Triennial report on the lunatic asylums in the province of Eastern Bengal and Assam - 1903-1911
Year: 1903
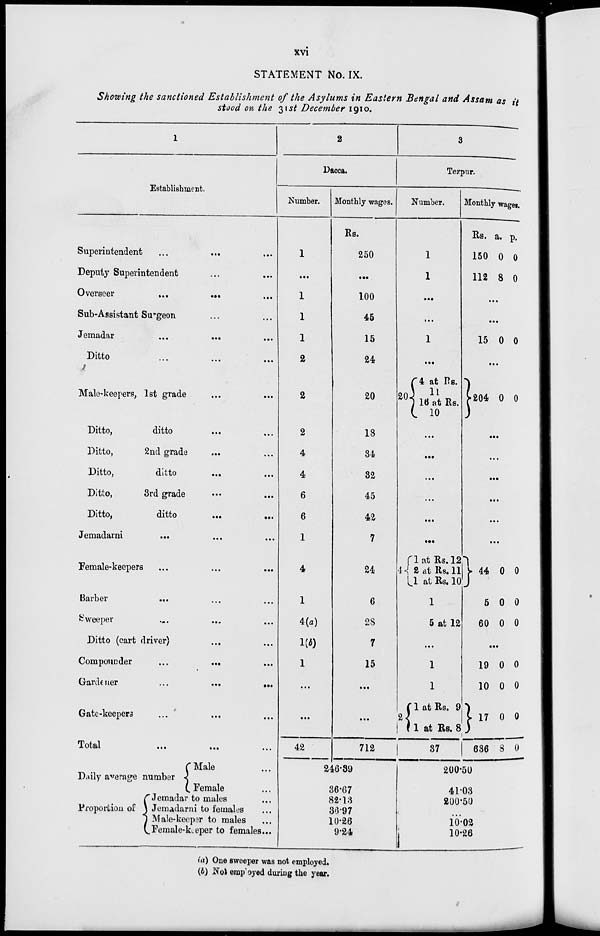
xvi
STATEMENT No. IX.
Showing the sanctioned Establishment of the Asylums in Eastern Bengal and Assam as it
stood on the 31st December 1910.
1
Establishment.
Superintendent ... ... ...
Deputy Superintendent ... ...
Overseer
...
... ...
Sub-Assistant Surgeon ... ...
Jemadar
...
... ...
Ditto ... ... ...
Male-keepers, 1st grade ... ...
Ditto,
ditto ... ...
Ditto,
2nd grade ... ...
Ditto,
ditto
... ...
Ditto,
3rd grade ... ...
Ditto,
ditto
...
...
Jemadarni ... ... ...
Female-keepers ... ... ...
Barber ... ... ...
Sweeper
...
...
...
Ditto (cart driver) ... ...
Compounder
...
... ...
Gardener
...
...
...
Gate-keepers ... ... ...
Total
...
...
...
2
Dacca.
Number.
1
...
1
1
1
2
2
2
4
4
6
6
1
4
1
4(a)
1(b)
1
...
...
42
Monthly wages.
Rs.
250
...
100
45
15
24
20
18
34
32
45
42
7
24
6
28
7
15
...
...
712
3
Tezpur.
Number.
1
1
...
...
1
...
20
4 at Rs.
11
16 at Rs.
10
...
...
...
...
...
...
4
1 at Rs. 12
2 at Rs. 11
1 at Rs. 10
1
5 at 12
...
1
1
2
1 at Rs. 9
1 at Rs. 8
37
Monthly wages.
Rs.
150
112
a.
0
8
p.
0
0
...
...
15 0 0
...
204 0 0
...
...
...
...
...
...
44
5
60
0
0
0
0
0
0
...
19
10
17
636
0
0
0
8
0
0
0
0
Daily average number
Proportion of
Male ...
Female ...
Jemadar to males ...
Jemadarni to females ...
Male-keeper to males ...
Female-keeper to females...
246.39
36.67
82.13
36.97
10.26
9.24
200.50
41.03
200.50
...
10.03
10.26
(a) One sweeper was not employed.
(b) Not employed during the year.